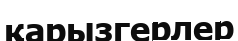
қарызгерлер